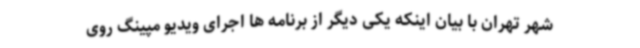
شهر تهران با بیان اینکه یکی دیگر از برنامه ها اجرای ویدیو مپینگ‌ روی